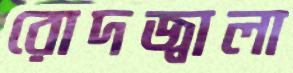
রোদজ্বালা